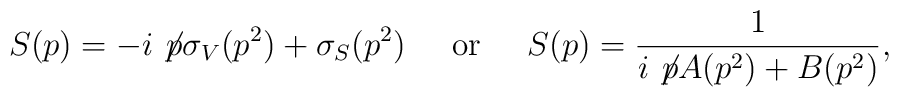
S(p)= -i \not\! p \sigma_V(p^2)+\sigma_S(p^2)  \;\;\;\;\;  \mbox{or} \;\;\;\;\;  S(p)= \frac{1}{ i \not\! p A(p^2)+B(p^2) },